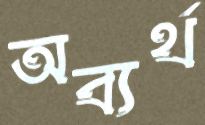
অব্যর্থ